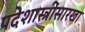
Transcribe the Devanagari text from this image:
पदेशास्त्रींसारखा